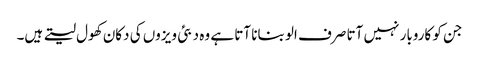
جن کو کاروبار نہیں آتا صرف الو بنانا آتا ہے وہ دبئی ویزوں کی دکان کھول لیتے ہیں۔